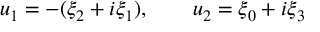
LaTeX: u _ { 1 } = - ( \xi _ { 2 } + i \xi _ { 1 } ) , ~ ~ ~ ~ ~ ~ u _ { 2 } = \xi _ { 0 } + i \xi _ { 3 }